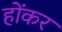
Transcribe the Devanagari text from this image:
होंकर